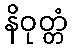
နိဝုတ္တံ